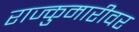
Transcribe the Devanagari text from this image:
राज्कुमारीवर